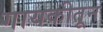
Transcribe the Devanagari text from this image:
गायकीतून